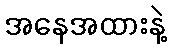
အနေအထားနဲ့